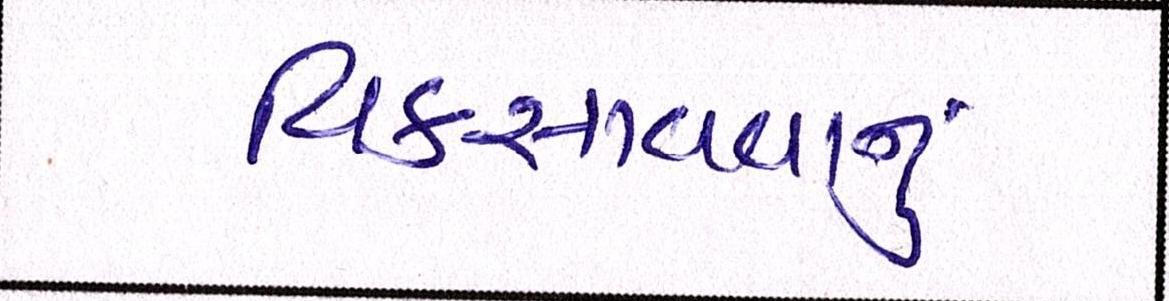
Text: વિકસાવવાનું